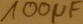
Text: 100µF